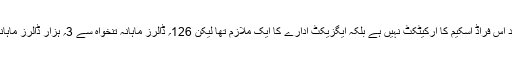
وفاقی جج نے فیصلہ سناتے ہوئے کہا کہ عمیر حامد اس فراڈ اسکیم کا آرکیٹکٹ نہیں ہے بلکہ ایگزیکٹ ادارے کا ایک ملازم تھا لیکن 126؍ ڈالرز ماہانہ تنخواہ سے 3؍ ہزار ڈالرز ماہانہ تنخواہ کے فرق کو اسے محسوس کرنا چاہئے تھا۔